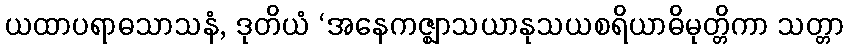
ယထာပရာဓသာသနံ, ဒုတိယံ ‘အနေကဇ္ဈာသယာနုသယစရိယာဓိမုတ္တိကာ သတ္တာ